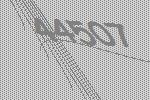
44507